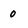
Character: 0